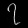
Digit: ၇